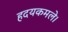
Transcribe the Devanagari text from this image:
हदयकमले।